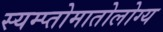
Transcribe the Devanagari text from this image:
स्यम्प्तोमातोलोग्य